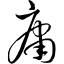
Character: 庸